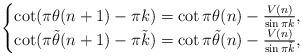
LaTeX: \begin{align*}\begin{cases}\cot(\pi\theta(n+1)-\pi k)=\cot\pi\theta(n)-\frac{V(n)}{\sin\pi k},\\\cot(\pi\tilde{\theta}(n+1)-\pi \tilde{k})=\cot\pi\tilde{\theta}(n)-\frac{V(n)}{\sin\pi \tilde{k}},\end{cases}\end{align*}